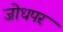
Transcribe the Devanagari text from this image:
जोधपर